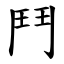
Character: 鬥